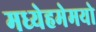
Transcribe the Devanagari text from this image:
मध्येहमेमयो